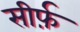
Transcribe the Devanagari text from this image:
सीर्फ़